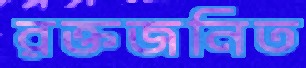
রক্তজনিত